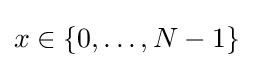
x\in \lbrace 0,\ldots ,N-1\rbrace